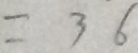
= 3 6